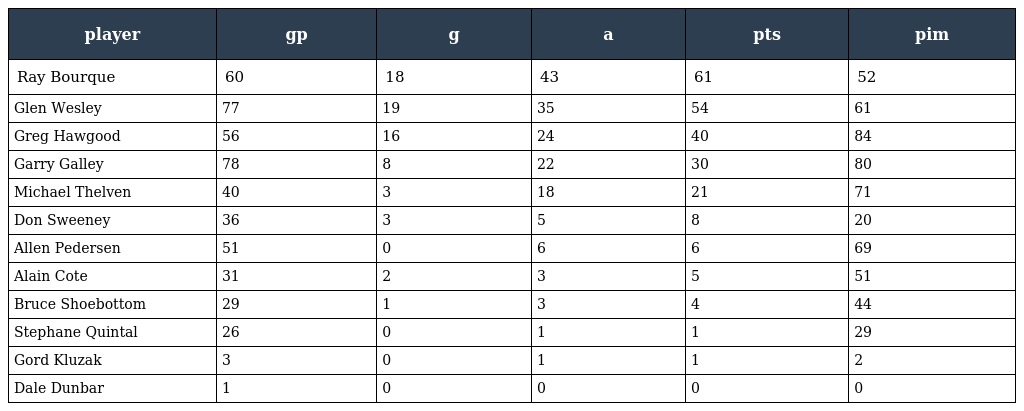
| player | gp | g | a | pts | pim |
 | --- | --- | --- | --- | --- | --- |
 | Ray Bourque | 60 | 18 | 43 | 61 | 52 |
 | Glen Wesley | 77 | 19 | 35 | 54 | 61 |
 | Greg Hawgood | 56 | 16 | 24 | 40 | 84 |
 | Garry Galley | 78 | 8 | 22 | 30 | 80 |
 | Michael Thelven | 40 | 3 | 18 | 21 | 71 |
 | Don Sweeney | 36 | 3 | 5 | 8 | 20 |
 | Allen Pedersen | 51 | 0 | 6 | 6 | 69 |
 | Alain Cote | 31 | 2 | 3 | 5 | 51 |
 | Bruce Shoebottom | 29 | 1 | 3 | 4 | 44 |
 | Stephane Quintal | 26 | 0 | 1 | 1 | 29 |
 | Gord Kluzak | 3 | 0 | 1 | 1 | 2 |
 | Dale Dunbar | 1 | 0 | 0 | 0 | 0 |